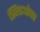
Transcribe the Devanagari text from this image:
स्विचओवर